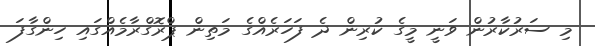
މި ސަރުކާރުން ވަނީ މީގެ ކުރިން ދެ ފަހަރެއްގެ މަތިން ޕްރޮގްރާމެއްގައި ހިންގާފަ